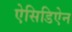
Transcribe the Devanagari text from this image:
ऐसिडिऐन